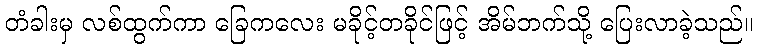
တံခါးမှ လစ်ထွက်ကာ ခြေကလေး မခိုင့်တခိုင်ဖြင့် အိမ်ဘက်သို့ ပြေးလာခဲ့သည်။